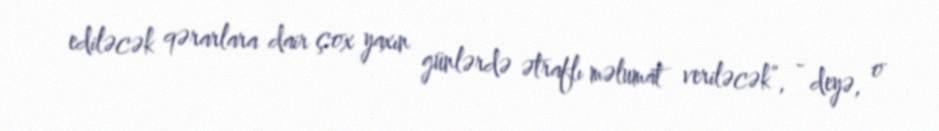
ediləcək qərarlara dair çox yaxın günlərdə ətraflı məlumat veriləcək”, - deyə, o